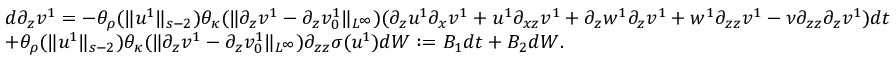
\begin{array} { r l } & { d \partial _ { z } v ^ { 1 } = - \theta _ { \rho } ( \| u ^ { 1 } \| _ { s - 2 } ) \theta _ { \kappa } ( \| \partial _ { z } v ^ { 1 } - \partial _ { z } v _ { 0 } ^ { 1 } \| _ { L ^ { \infty } } ) ( \partial _ { z } u ^ { 1 } \partial _ { x } v ^ { 1 } + u ^ { 1 } \partial _ { x z } v ^ { 1 } + \partial _ { z } w ^ { 1 } \partial _ { z } v ^ { 1 } + w ^ { 1 } \partial _ { z z } v ^ { 1 } - \nu \partial _ { z z } \partial _ { z } v ^ { 1 } ) d t } \\ & { + \theta _ { \rho } ( \| u ^ { 1 } \| _ { s - 2 } ) \theta _ { \kappa } ( \| \partial _ { z } v ^ { 1 } - \partial _ { z } v _ { 0 } ^ { 1 } \| _ { L ^ { \infty } } ) \partial _ { z z } \sigma ( u ^ { 1 } ) d W : = B _ { 1 } d t + B _ { 2 } d W . } \end{array}